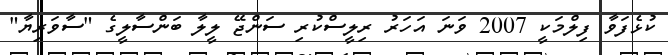
ކުޅެފަވާ ފިލްމަކީ 2007 ވަނަ އަހަރު ރިލީސްކުރި ސަންޖޭ ލީލާ ބަންސާލީގެ "ސާވަރިޔާ"